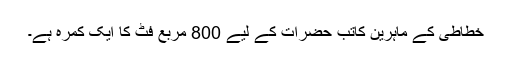
خطاطی کے ماہرین کاتب حضرات کے لیے 800 مربع فٹ کا ایک کمرہ ہے۔